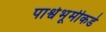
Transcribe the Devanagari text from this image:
पार्श्वभूमीकडे